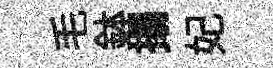
毛鉢搨妃